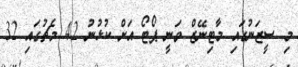
މި ސީޒަނުގައި މާޓިނޭޒް ވަނީ ޕޯޓޯ އަށް ކުޅުނު 42 މެޗުގައި 32